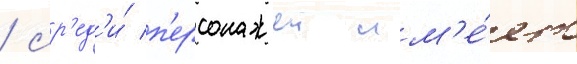
/ ср'ед'и́ п'ерсонажеи им'е́ет